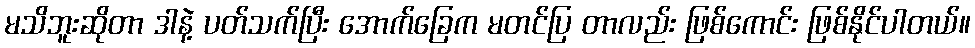
မသိဘူးဆိုတာ ဒါနဲ့ ပတ်သက်ပြီး အောက်ခြေက မတင်ပြ တာလည်း ဖြစ်ကောင်း ဖြစ်နိုင်ပါတယ်။